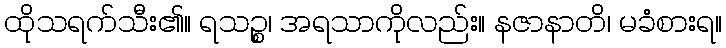
ထိုသရက်သီး၏။ ရသဉ္စ၊ အရသာကိုလည်း။ နဇာနာတိ၊ မခံစားရ။